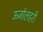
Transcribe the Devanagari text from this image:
ऊर्जालहरी